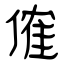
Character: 傕